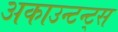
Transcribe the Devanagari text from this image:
अकाउन्टन्ट्स